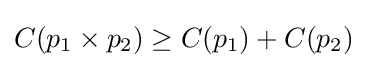
C(p_{1}\times p_{2})\geq C(p_{1})+C(p_{2})